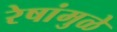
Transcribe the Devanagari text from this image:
रेषांमुळे